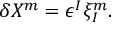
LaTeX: \delta X ^ { m } = \epsilon ^ { I } \xi _ { I } ^ { m } .